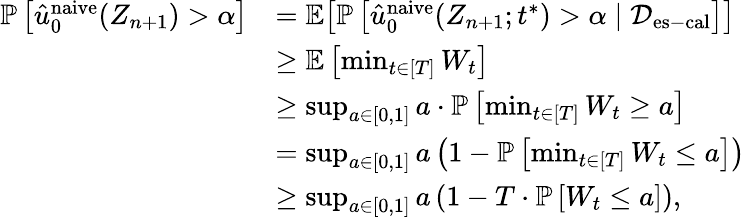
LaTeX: \begin{array}{rl}{\mathbb{P}\left[\hat{u}_{0}^{\textup{naive}}(Z_{n+1})>\alpha\right]}&{=\mathbb{E}\bigl[\mathbb{P}\left[\hat{u}_{0}^{\textup{naive}}(Z_{n+1};t^{*})>\alpha\mid\mathcal{D}_{\mathrm{es-cal}}\right]\bigr]}\\ &{\geq\mathbb{E}\left[\operatorname*{min}_{t\in[T]}W_{t}\right]}\\ &{\geq\operatorname*{sup}_{a\in[0,1]}a\cdot\mathbb{P}\left[\operatorname*{min}_{t\in[T]}W_{t}\geq a\right]}\\ &{=\operatorname*{sup}_{a\in[0,1]}a\left(1-\mathbb{P}\left[\operatorname*{min}_{t\in[T]}W_{t}\leq a\right]\right)}\\ &{\geq\operatorname*{sup}_{a\in[0,1]}a\left(1-T\cdot\mathbb{P}\left[W_{t}\leq a\right]\right),}\end{array}